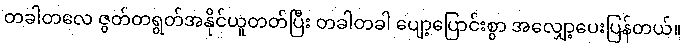
တခါတလေ ဇွတ်တရွတ်အနိုင်ယူတတ်ပြီး တခါတခါ ပျော့ပြောင်းစွာ အလျှော့ပေးပြန်တယ်။